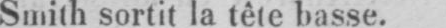
Smith sortit la tête basse.